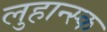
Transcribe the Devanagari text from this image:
लुहान्स्क